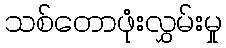
သစ်တောဖုံးလွှမ်းမှု